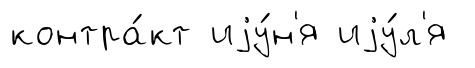
контра́кт иjу́н'я иjу́л'я